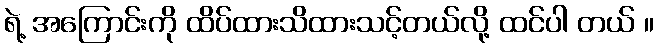
ရဲ့ အကြောင်းကို ထိပ်ထားသိထားသင့်တယ်လို့ ထင်ပါ တယ် ။